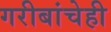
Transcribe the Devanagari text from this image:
गरीबांचेही